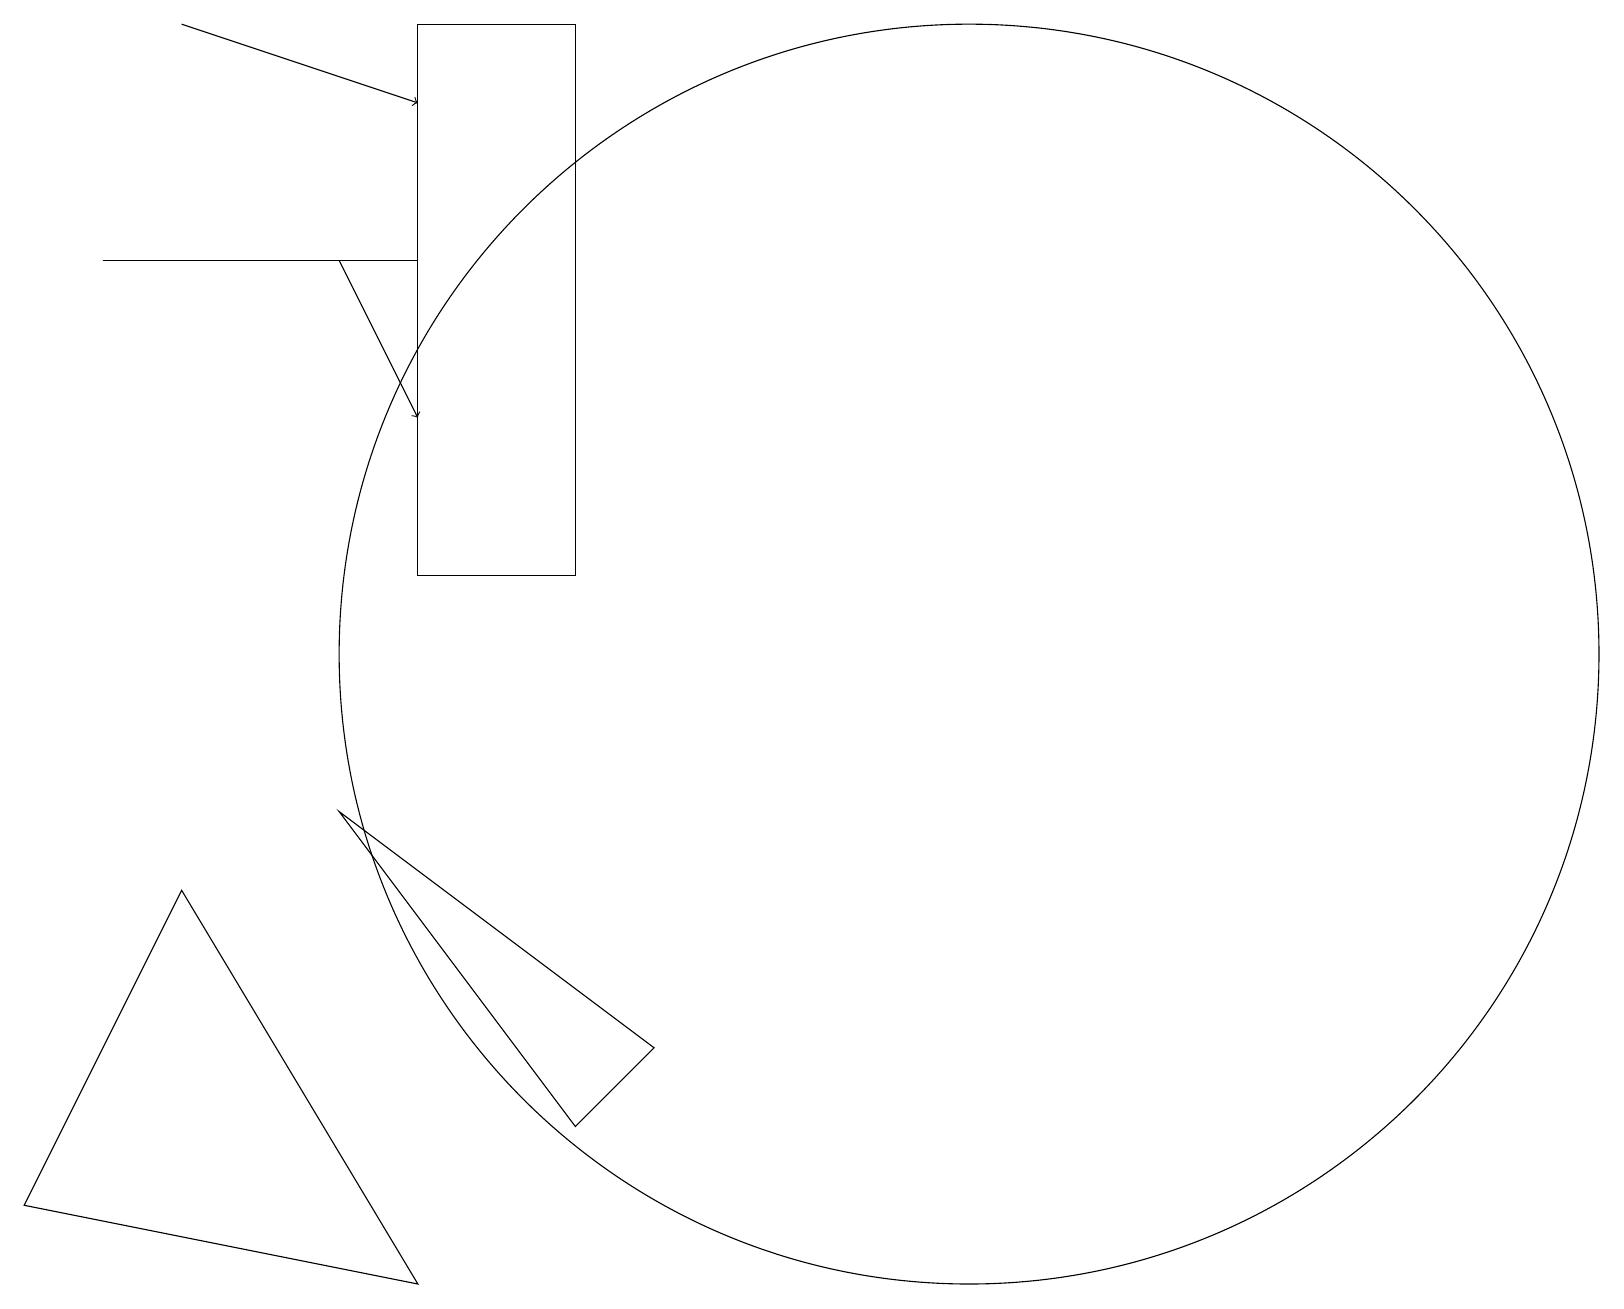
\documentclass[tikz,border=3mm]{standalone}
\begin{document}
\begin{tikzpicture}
\draw (2,7) -- (0,3) -- (5,2) -- cycle;
\draw (4,8) -- (8,5) -- (7,4) -- cycle;
\draw (12,10) circle (8);
\draw (5,15) rectangle (1,15);
\draw (7,18) rectangle (5,11);
\draw[->] (2,18) -- (5,17);
\draw[->] (4,15) -- (5,13);
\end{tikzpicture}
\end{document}